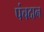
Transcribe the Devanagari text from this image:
पंचदान